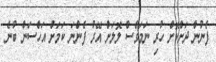
ފެނުން ދަށްކޮށް ހުރި ނަމަވެސް ލޮލަށް އޭރު ފެންނަ ކަމަށް އަހްސަން ބުނެ